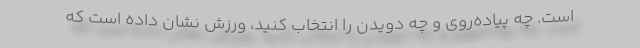
است. چه پیاده‌روی و چه دویدن را انتخاب کنید، ورزش نشان داده است که